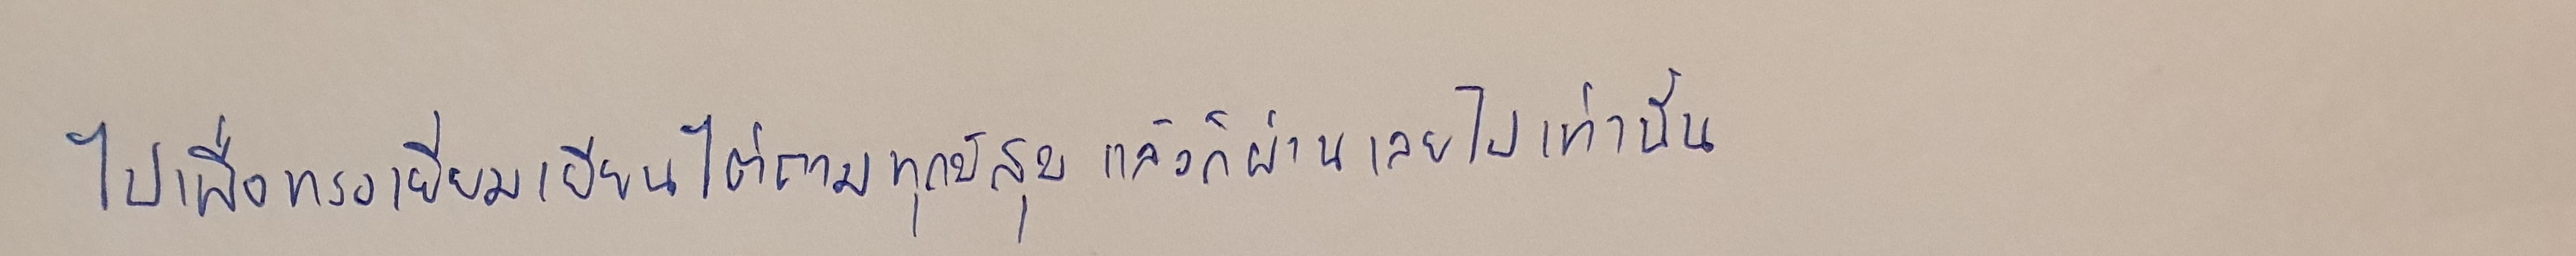
ไปเพื่อทรงเยี่ยมเยียนไต่ถามทุกข์สุขแล้วก็ผ่านเลยไปเท่านั้น